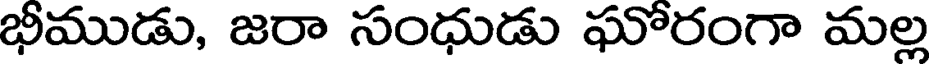
భీముడు, జరా సంధుడు ఘోరంగా మల్ల